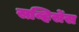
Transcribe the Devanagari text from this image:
सव्हिर्सेस